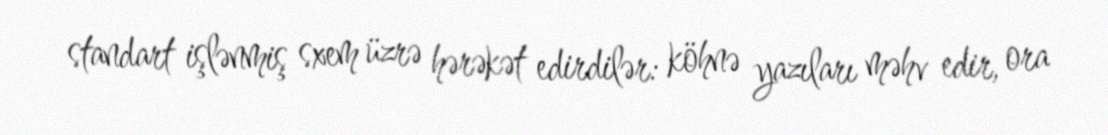
standart işlənmiş sxem üzrə hərəkət edirdilər: köhnə yazıları məhv edir, ora